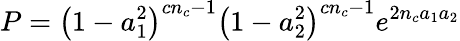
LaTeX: P=\left(1-a_{1}^{2}\right)^{cn_{c}-1}\left(1-a_{2}^{2}\right)^{cn_{c}-1}e^{2n_{c}a_{1}a_{2}}